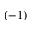
( - 1 )